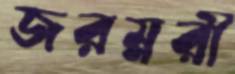
জরম্নরী